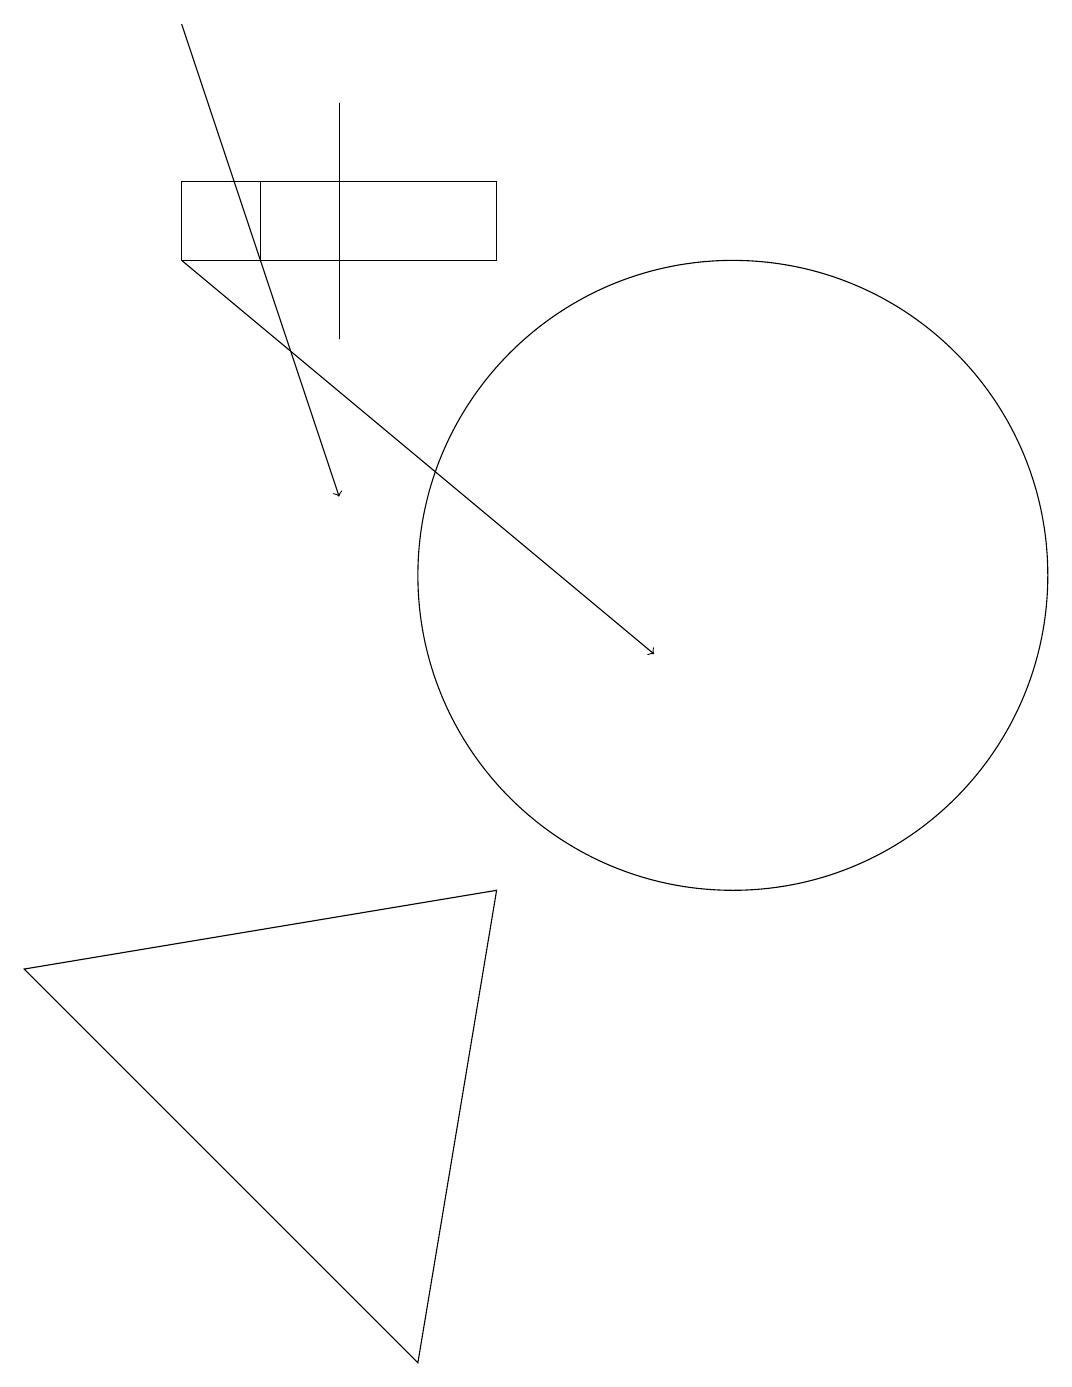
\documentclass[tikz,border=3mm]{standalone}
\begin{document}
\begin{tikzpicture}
\draw (5,17) rectangle (5,14);
\draw (4,15) rectangle (5,16);
\draw (3,15) rectangle (7,16);
\draw[->] (3,18) -- (5,12);
\draw (10,11) circle (4);
\draw[->] (3,15) -- (9,10);
\draw (7,7) -- (1,6) -- (6,1) -- cycle;
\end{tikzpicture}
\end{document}